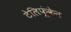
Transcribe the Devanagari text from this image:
टेलिफूंकेन